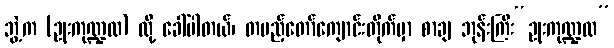
ဘွဲ့က (ဥုးကုဏ္ဍလ) လို့ ခေါ်ပါတယ်၊ တပည့်တော်ကျောင်းတိုက်မှာ စာချ ဘုန်းကြီး“ဥုးကုဏ္ဍလ”